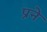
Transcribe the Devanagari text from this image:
प्रने